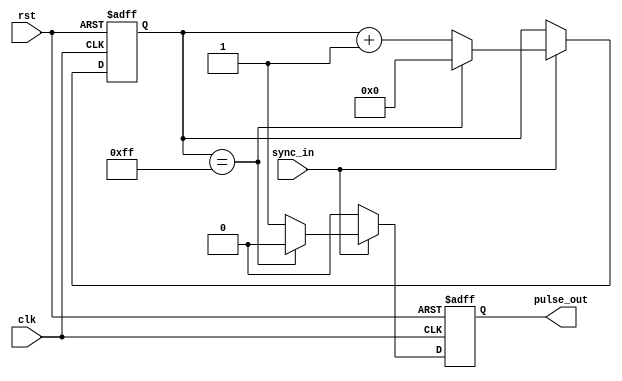
module VariablePulseWidthGenerator(
    input wire clk,
    input wire rst,
    input wire sync_in,
    output reg pulse_out
);

reg [7:0] pulse_width;

always @ (posedge clk or posedge rst) begin
    if (rst) begin
        pulse_width <= 8'b00000000;
        pulse_out <= 1'b0;
    end else if (sync_in) begin
        pulse_width <= pulse_width + 1;
        pulse_out <= 1'b1;
        if (pulse_width == 8'b11111111) begin
            pulse_width <= 8'b00000000;
            pulse_out <= 1'b0;
        end
    end else begin
        pulse_out <= 1'b0;
    end
end

endmodule